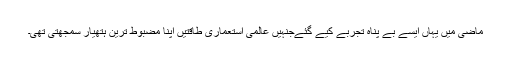
ماضی میں یہاں ایسے بے پناہ تجربے کیے گئےجنہیں عالمی استعماری طاقتیں اپنا مضبوط ترین ہتھیار سمجھتی تھی۔